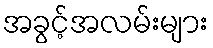
အခွင့်အလမ်းများ